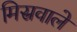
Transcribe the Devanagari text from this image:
मिस्रवाले